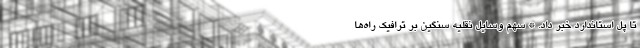
تا پل استاندارد خبر داد. * سهم وسایل نقلیه سنگین بر ترافیک راه‌ها